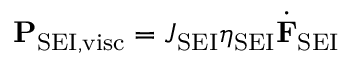
\mathbf { P } _ { \mathrm { S E I , v i s c } } = J _ { \mathrm { S E I } } \eta _ { \mathrm { S E I } } \dot { \mathbf { F } } _ { \mathrm { S E I } }